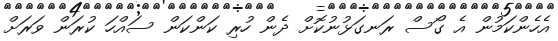
އެހެންކަމުން އެ ގޯސް ރަނގަޅުނުކޮށް ދެން ހުރި ކަންކަން ސައްހަ ކުރަން ވަރަށް